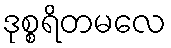
ဒုစ္စရိတမလေ